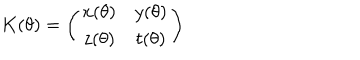
K ( \theta ) = \left( \begin{array} { c c } { { x ( \theta ) } } & { { y ( \theta ) } } \\ { { z ( \theta ) } } & { { t ( \theta ) } } \\ \end{array} \right)